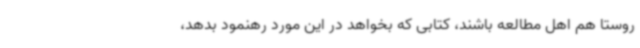
روستا هم اهل مطالعه باشند، کتابی‌ که بخواهد در این مورد رهنمود بدهد،